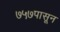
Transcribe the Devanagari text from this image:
७५७पासून